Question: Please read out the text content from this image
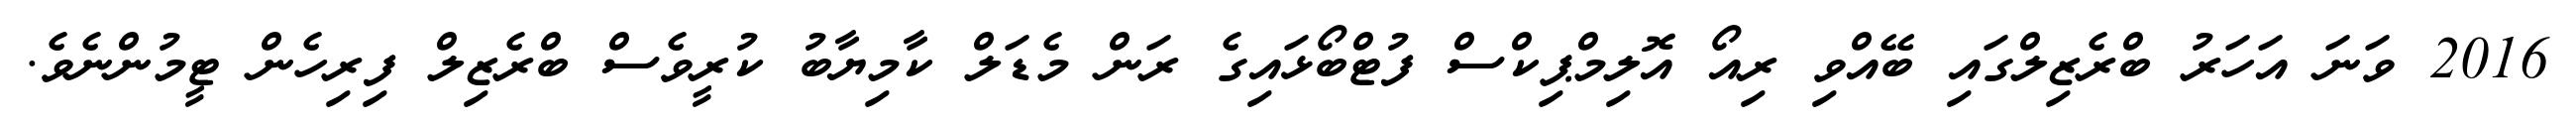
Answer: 2016 ވަނަ އަހަރު ބްރެޒިލްގައި ބޭއްވި ރިއޯ އޮލިމްޕިކްސް ފުޓްބޯޅައިގެ ރަން މެޑަލް ކާމިޔާބު ކުރީވެސް ބްރެޒިލް ފިރިހެން ޓީމުންނެވެ.